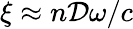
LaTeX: \xi\approx n\mathcal{D}\omega/c